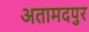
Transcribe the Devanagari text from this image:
अतामदपुर